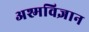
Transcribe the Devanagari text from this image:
अश्मविज्ञान